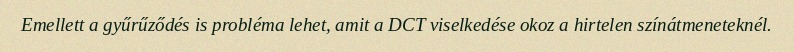
Emellett a gyűrűződés is probléma lehet, amit a DCT viselkedése okoz a hirtelen színátmeneteknél.